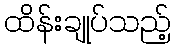
ထိန်းချုပ်သည့်